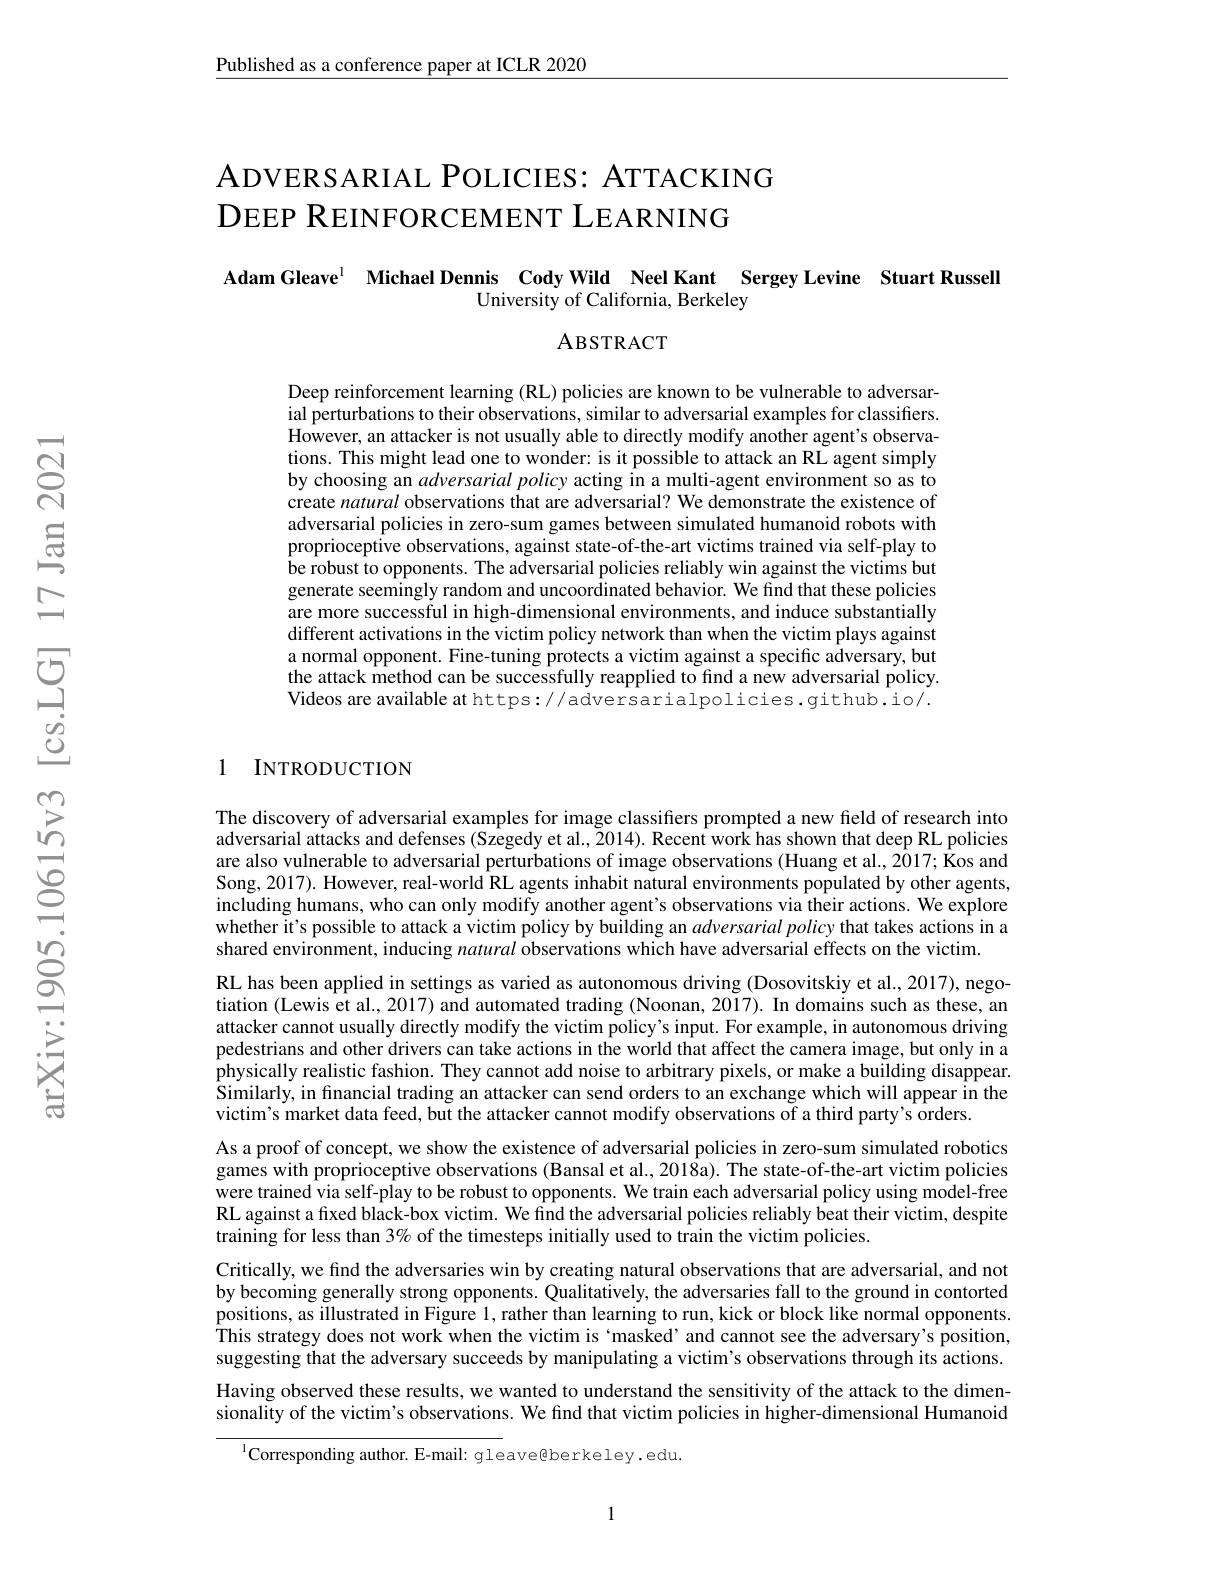
$\underline{\text{Published as a conference paper at ICLR 2020}}$

# ADVERSARIAL POLICIES: ATTACKING DEEP REINFORCEMENT LEARNING

Adam Gleave$^{1}$ Michael Dennis Cody Wild Neel Kant Sergey Levine Stuart Russell
## University of California, Berkeley

ABSTRACT

Deep reinforcement learning (RL) policies are known to be vulnerable to adversarial perturbations to their observations, similar to adversarial examples for classifiers. $\hat{\text{However, an attacker is not usually able to directly modify another agent's observa-}}$ tions. This might lead one to wonder: is it possible to attack an RL agent simply by choosing an $adversarial\textit{policy acting in a multi- agent environment so as to}$ create natural observations that are adversarial? We demonstrate the existence of adversarial policies in zero-sum games between simulated humanoid robots with proprioceptive observations, against state-of-the-art victims trained via self-play to be robust to opponents. The adversarial policies reliably win against the victims but generate seemingly random and uncoordinated behavior. We find that these policies are more successful in high-dimensional environments, and induce substantially different activations in the victim policy network than when the victim plays against a normal opponent. Fine-tuning protects a victim against a specific adversary, but the attack method can be successfully reapplied to find a new adversarial policy. Videos are available at https://adversarialpolicies.github.io/.

1 INTRODUCTION

The discovery of adversarial examples for image classifiers prompted a new field of research into adversarial attacks and defenses (Szegedy et al., $\tilde{2}014).$ Recent work has shown that deep RL policies are also vulnerable to adversarial perturbations of image observations (Huang et al., 2017; Kos and Song, 2017). However, real-world RL agents inhabit natural environments populated by other agents, including humans, who can only modify another agent's observations via their actions. We explore whether it's possible to attack a victim policy by building an $adversarial\textit{ policy that takes actions in a}$ shared environment, inducing natural observations which have adversarial effects on the victim.
RL has been applied in settings as varied as autonomous driving (Dosovitskiy et al., 2017), negotiation (Lewis et al., 2017) and automated trading (Noonan, 2017). In domains such as these, an attacker cannot usually directly modify the victim policy's input. For example, in autonomous driving pedestrians and other drivers can take actions in the world that affect the camera image, but only in a physically realistic fashion. They cannot add noise to arbitrary pixels, or make a building disappear. Similarly, in financial trading an attacker can send orders to an exchange which will appear in the victim's market data feed, but the attacker cannot modify observations of a third party's orders.
As a proof of concept, we show the existence of adversarial policies in zero-sum simulated robotics games with proprioceptive observations (Bansal et al., 2018a). The state-of-the-art victim policies were trained via self-play to be robust to opponents. We train each adversarial policy using model-free RL against a fixed black-box victim. We find the adversarial policies reliably beat their victim, despite training for less than $3\%$ of the timesteps initially used to train the victim policies.
Critically, we find the adversaries win by creating natural observations that are adversarial, and not by becoming generally strong opponents. Qualitatively, the adversaries fall to the ground in contorted positions, as illustrated in Figure 1, rather than learning to run, kick or block like normal opponents. This strategy does not work when the victim is ‘masked’and cannot see the adversary's position, suggesting that the adversary succeeds by manipulating a victim's observations through its actions. Having observed these results, we wanted to understand the sensitivity of the attack to the dimensionality of the victim's observations. We find that victim policies in higher-dimensional Humanoid

$^{1}$Corresponding author. E-mail: gleave@berkeley.edu.

1